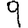
Digit: 9